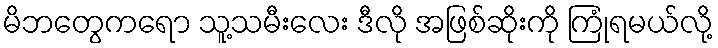
မိဘတွေကရော သူ့သမီးလေး ဒီလို အဖြစ်ဆိုးကို ကြုံရမယ်လို့